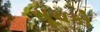
સૂચકો